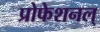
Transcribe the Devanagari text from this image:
प्रोफेशनल्